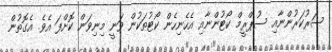
ސަރުކަރުންނާއި ސުޕްރީމް ކޯޓުންނާއި އެހެނިހެން ކޯޓުތަކުން ވަނީ މިނިވަން ކޮށްފަ އެވެ. އެގޮތުން